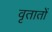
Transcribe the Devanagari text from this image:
वृतातों